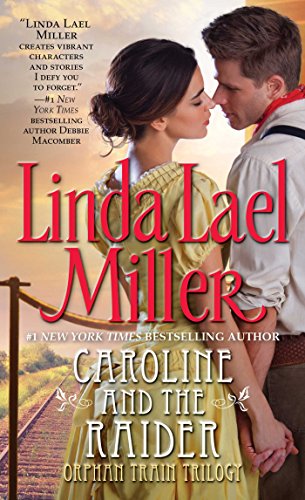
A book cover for Caroline and the Raider; Linda Lael Miller; Romance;